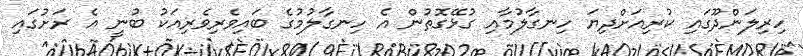
ހިރިލަންދޫގައި ކުރިއަށްދިޔަ ހިނގާލުމާއި ގުޅޭގޮތުން އެ ހިނގާލުމުގެ ބައިވެރިވެރިއަކު ބުނީ އެ ރަށުގައި